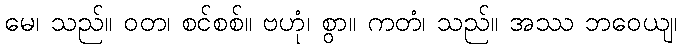
မေ၊ သည်။ ဝတ၊ စင်စစ်။ ဗဟုံ၊ စွာ။ ကတံ၊ သည်။ အဿ ဘဝေယျ၊